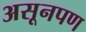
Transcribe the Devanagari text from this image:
असूनपण